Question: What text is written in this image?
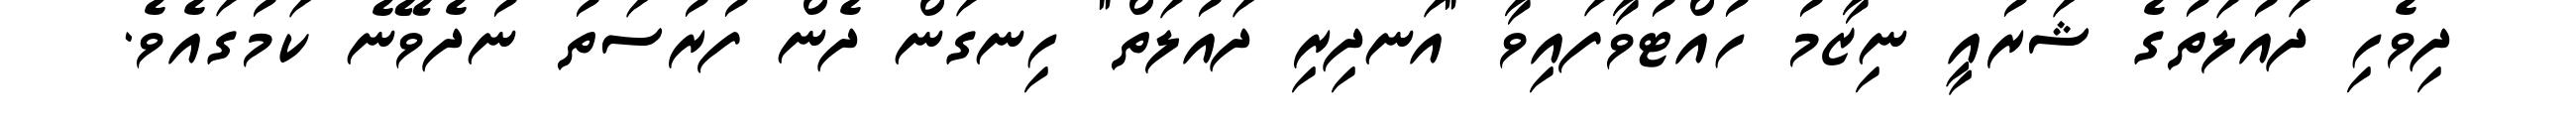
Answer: ދިވެހި ދައުލަތުގެ ޝަރުއީ ނިޒާމު ހުއްޓުވާފައިވާ "އަނދިރި ދައުލަތް" ހިނގަން ދެން ފުރުސަތު ނުދެވޭނެ ކަމުގައެވެ.